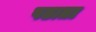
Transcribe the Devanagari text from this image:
पढाता